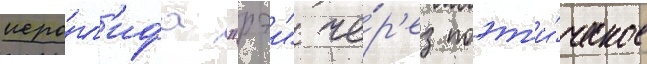
иеро́гл'ифа "рэи" че́р'ез поэт'и́ческое